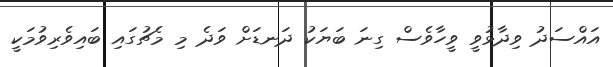
އައްސަދު ވިދާޅުވީ ވީހާވެސް ގިނަ ބަޔަކު ދަނޑަށް ވަދެ މި މެޗުގައި ބައިވެރިވުމަކީ